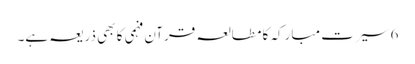
6 سیرت مبارکہ کا مطالعہ قرآن فہمی کا بھی ذریعہ ہے۔